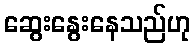
ဆွေးနွေးနေသည်ဟု